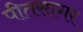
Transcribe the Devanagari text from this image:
पीतसागर